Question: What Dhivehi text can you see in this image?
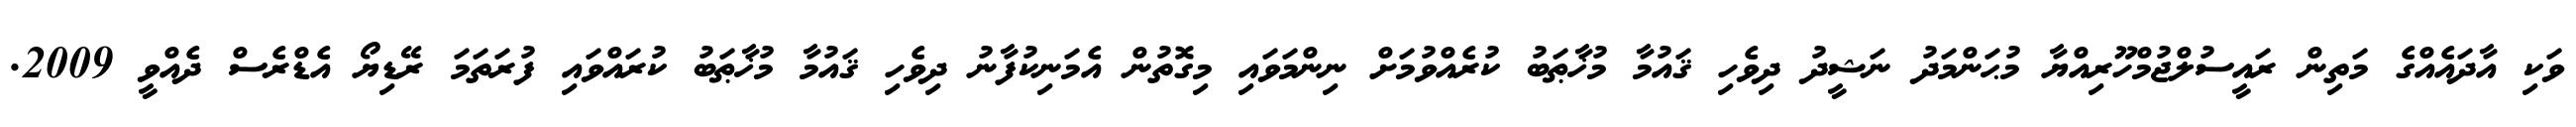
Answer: ވަކި އާދައެއްގެ މަތިން ރައީސުލްޖުމްހޫރިއްޔާ މުޙަންމަދު ނަޝީދު ދިވެހި ޤައުމާ މުޚާޠަބު ކުރެއްވުމަށް ނިންމަވައި މިގޮތުން އެމަނިކުފާނު ދިވެހި ޤައުމާ މުޚާޠަބު ކުރައްވައި ފުރަތަމަ ރޭޑިޔޯ އެޑްރެސް ދެއްވީ 2009.